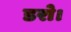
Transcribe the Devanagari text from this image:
डरो।